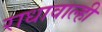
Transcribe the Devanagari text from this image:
राधावाल्ही